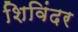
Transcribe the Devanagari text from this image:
शिविंदर